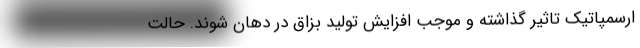
ارسمپاتیک تاثیر گذاشته و موجب افزایش تولید بزاق در دهان شوند. حالت